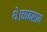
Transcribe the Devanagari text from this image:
थे।व्यवसाय